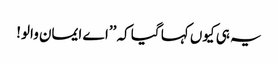
یہ ہی کیوں کہا گیا کہ ’’اے ایمان والو!